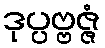
ဒုပ္ပဗ္ဗဇ္ဇံ